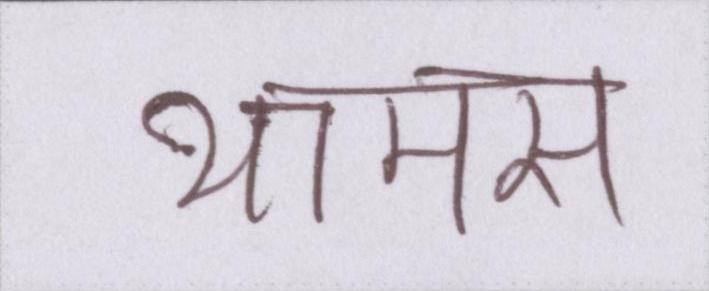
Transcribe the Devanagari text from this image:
थामस